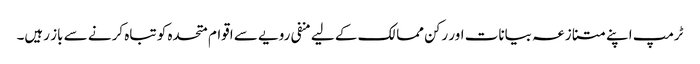
ٹرمپ اپنے متنازعہ بیانات اور رکن ممالک کے لیے منفی رویے سے اقوام متحدہ کو تباہ کرنے سے باز رہیں۔